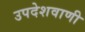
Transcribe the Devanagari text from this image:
उपदेशवाणी